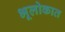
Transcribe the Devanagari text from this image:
भूलोकात